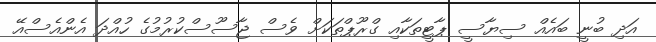
އަދި ބުނީ ބައެއް ސިޔާސީ ޕާޓީތަކާއި ގްރޫޕްތަކަށް ވެސް ޖާސޫސްކުރުމުގެ ހުއްދަ އެންއެސްއޭ